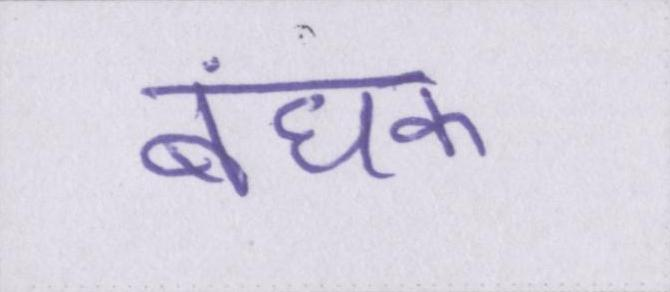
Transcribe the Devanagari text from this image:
बंधक